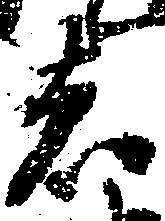
者